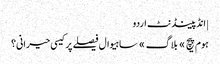
| انڈپینڈنٹ اردو
ہوم پیچ » بلاگ » ساہیوال فیصلے پر کیسی حیرانی؟